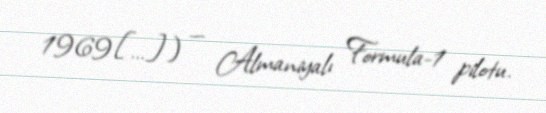
1969[…]) — Almaniyalı Formula-1 pilotu.